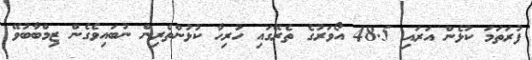
ފުރަތަމަ ކުޅެން އަރައި 48.5 އޯވަރުގެ ތެރޭގައި ހުރިހާ ކުޅުންތެރިން ނުބައިވެގެން ޒިމްބާބުވޭ